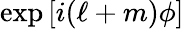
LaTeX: \exp{[i(\ell+m)\phi]}